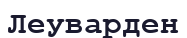
Леуварден